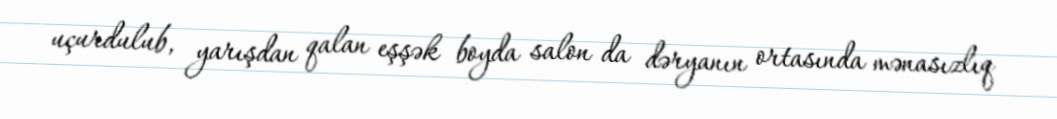
uçurdulub, yarışdan qalan eşşək boyda salon da dəryanın ortasında mənasızlıq